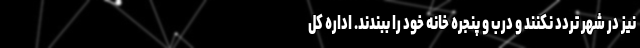
نیز در شهر تردد نکنند و درب و پنجره خانه خود را ببندند. اداره کل